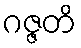
ဂဇ္ဇတိ